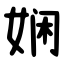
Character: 娴